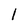
Character: l